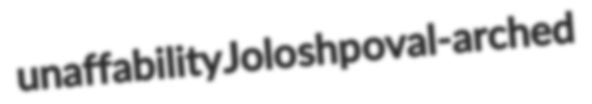
unaffability Jolo shp oval-arched